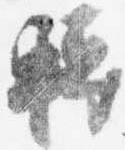
転